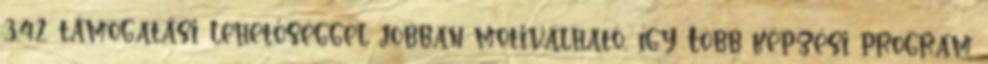
3.4.2 támogatási lehetőséggel jobban motiválható, így Több képzési program